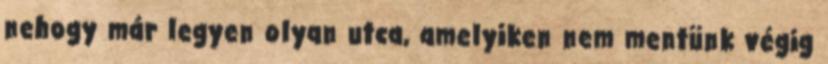
nehogy már legyen olyan utca, amelyiken nem mentünk végig